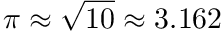
\pi \approx { \sqrt { 1 0 } } \approx 3 . 1 6 2